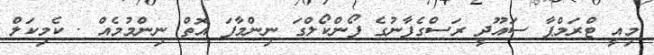
މިއީ ޓްރަމްޕާ ސައޫދީ ރަސްގެފާނުގެ ފޯންކޯލްގަ ނިންމާފަ އޮތް ނިންމުމެއް . ކެމިކަލް